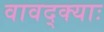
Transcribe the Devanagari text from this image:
वावद्क्याः